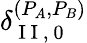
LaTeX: \delta_{\mathrm{~I~I~,~0~}}^{(P_{A},P_{B})}